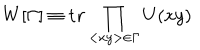
LaTeX: W [ \Gamma ] \equiv \mathrm { \bf t r } \prod _ { < x y > \in \Gamma } U ( x y )